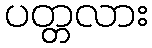
ပတ္တလား